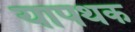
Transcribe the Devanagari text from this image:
यापथक